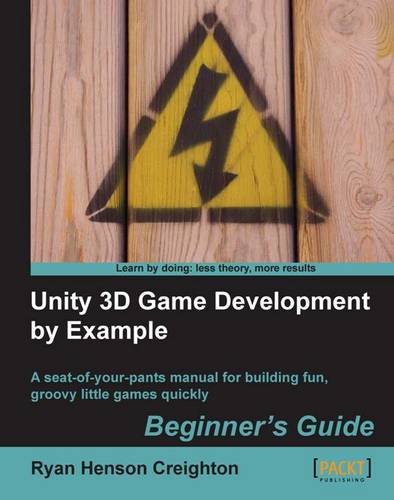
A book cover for Unity 3D Game Development by Example Beginner's Guide; Ryan Henson Creighton; Computers & Technology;